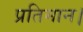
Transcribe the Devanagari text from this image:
प्रतिमान।